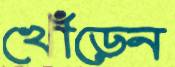
খোঁড়েন